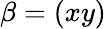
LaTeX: \beta=(xy)